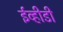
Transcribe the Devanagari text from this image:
ईव्हीडी